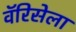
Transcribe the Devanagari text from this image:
वॅरिसेला